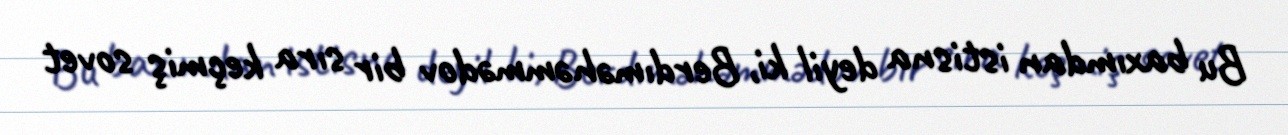
Bu baxımdan istisna deyil ki, Berdıməhəmmədov bir sıra keçmiş sovet